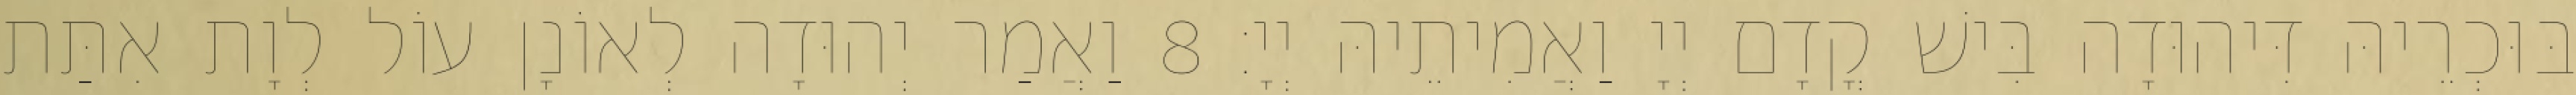
בּוּכְרֵיהּ דִּיהוּדָה בִּישׁ קֳדָם יְיָ וַאֲמִיתֵיהּ יְיָ׃ 8 וַאֲמַר יְהוּדָה לְאוֹנָן עוֹל לְוָת אִתַּת